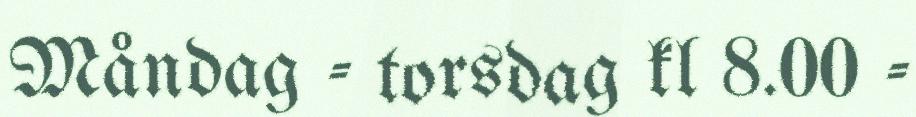
Måndag - torsdag kl 8.00 -